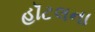
હૉટલના